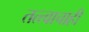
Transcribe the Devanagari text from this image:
तत्त्वाचाही